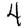
Digit: 4